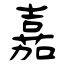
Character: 嘉